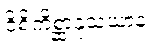
ဝိစိကိစ္ဆာနုသယာနံ